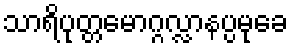
သာရိပုတ္တမောဂ္ဂလ္လာနပ္ပမုခေ